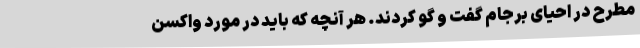
مطرح در احیای برجام گفت و گو کردند. هر آنچه که باید در مورد واکسن